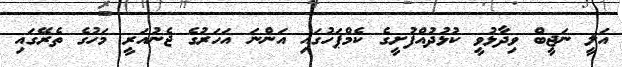
އަލީ ނަޖީބް ވިދާޅުވީ ކުޅުދުއްފުށީގެ ކެމްޕަހުގައި އަންނަ އަހަރުގެ ޖެނުއަރީ މަހުގެ ތެރޭގައި